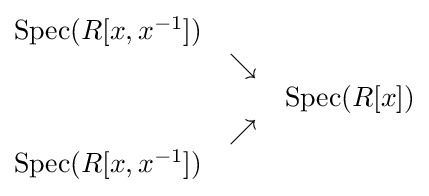
{\begin{matrix}\operatorname {Spec} (R[x,x^{-1}])&&\\&\searrow &\\&&\operatorname {Spec} (R[x])\\&\nearrow &\\\operatorname {Spec} (R[x,x^{-1}])&&\end{matrix}}